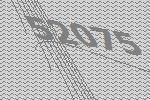
52075